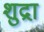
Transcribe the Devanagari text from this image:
शुद्रा